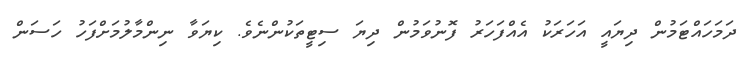
ދަމަހައްޓަމުން ދިޔައީ އަހަރަކު އެއްފަހަރު ފޮނުވަމުން ދިޔަ ސިޓީތަކުންނެވެ. ކިޔަވާ ނިންމާލުމަށްފަހު ހަސަން